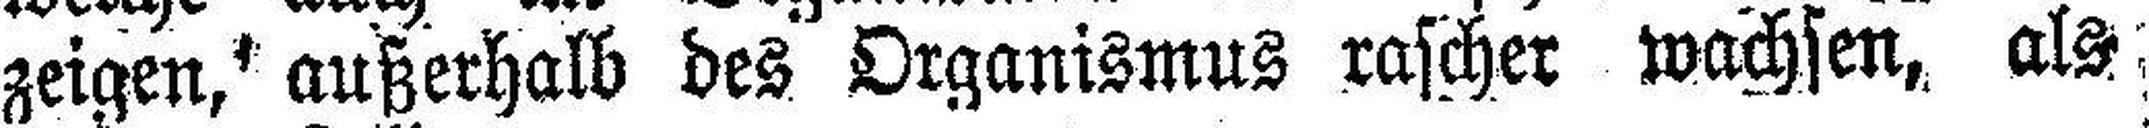
zeigen, außerhalb des Organismus rascher wachsen, als